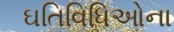
ઘતિવિધિઓના